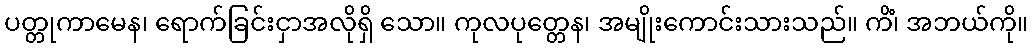
ပတ္တုကာမေန၊ ရောက်ခြင်းငှာအလိုရှိ သော။ ကုလပုတ္တေန၊ အမျိုးကောင်းသားသည်။ ကိံ၊ အဘယ်ကို။